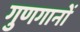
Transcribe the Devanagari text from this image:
गुणगानों